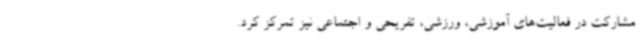
مشارکت در فعالیت‌های آموزشی، ورزشی، تفریحی و اجتماعی نیز تمرکز کرد.